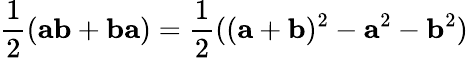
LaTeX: {\frac{1}{2}}(\mathbf{ab}+\mathbf{ba})={\frac{1}{2}}((\mathbf{a}+\mathbf{b})^{2}-\mathbf{a}^{2}-\mathbf{b}^{2})